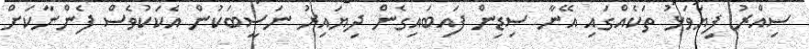
ސިއްރު ފިޔަވަޅު ތަކެއްގައި އޭނާ ސިޑިން ފައިބައިގެން ދިޔައިރު ނަސީބަކުން އެކަކުވެސް ފެންނާކަށް